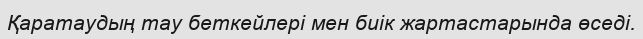
Қаратаудың тау беткейлері мен биік жартастарында өседі.